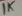
Text: 1K